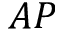
A P